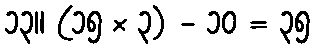
၁၃။ (၁၅ × ၃) - ၁၀ = ၃၅